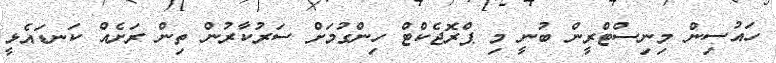
ހައުސިން މިނިސްޓްރީން ބުނީ މި ޕްރޮޖެކްޓް ހިންގުމަށް ސަރުކާރުން ތިން ރަށެއް ކަނޑައެޅީ